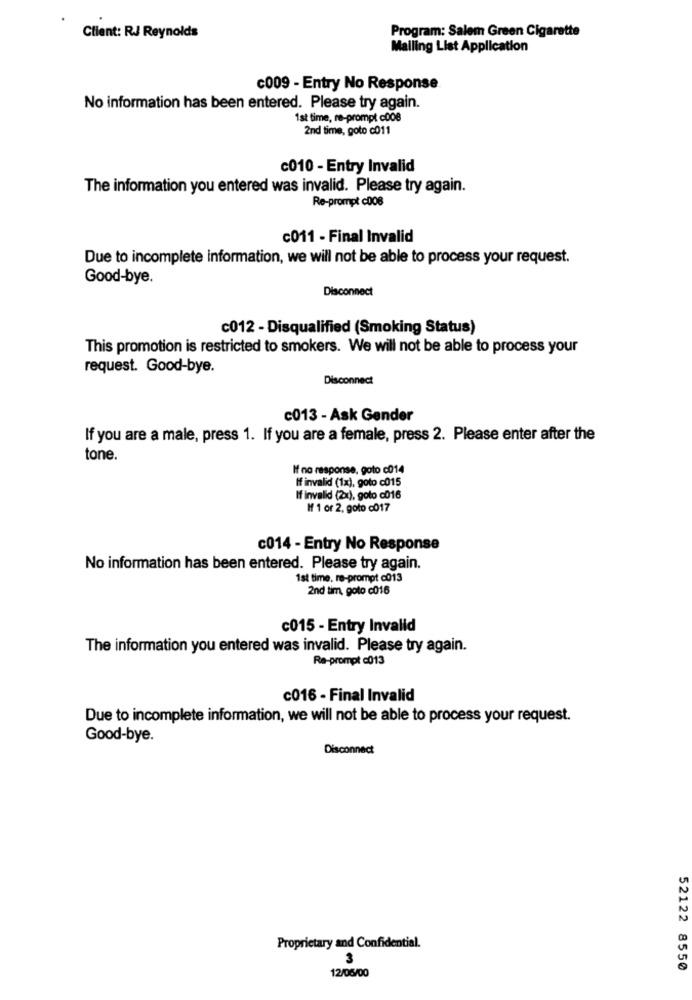
Program: Salem Green Cigarette
Client: RJ Reynolds
Mailing List Application
c009 - Entry No Response
No information has been entered. Please try again.
1st time, re-prompt c008
2nd time, goto c011
c010 - Entry Invalid
The information you entered was invalid. Please try again.
Re-prompt c008
c011 - Final Invalid
Due to incomplete information, we will not be able to process your request.
Good-bye.
Disconnect
c012 - Disqualified (Smoking Status)
This promotion is restricted to smokers. We will not be able to process your
request. Good-bye.
Disconnect
c013 - Ask Gender
If you are a male, press 1. If you are a female, press 2. Please enter after the
tone.
If no response, goto c014
If invalid (1x), goto c015
If invalid (2x), goto c016
If 1 or 2, goto c017
c014 - Entry No Response
No information has been entered. Please try again.
1st time, re-prompt c013
2nd tim, goto c016
c015 - Entry Invalid
The information you entered was invalid. Please try again.
Re-prompt c013
c016 - Final Invalid
Due to incomplete information, we will not be able to process your request.
Good-bye.
Disconnect
Proprietary and Confidential.
3
12/06/00
52122 8550